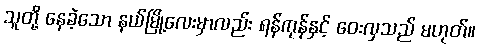
သူတို့ နေခဲ့သော နယ်မြို့လေးမှာလည်း ရန်ကုန်နှင့် ဝေးလှသည် မဟုတ်။